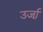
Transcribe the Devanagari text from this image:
उर्जा़